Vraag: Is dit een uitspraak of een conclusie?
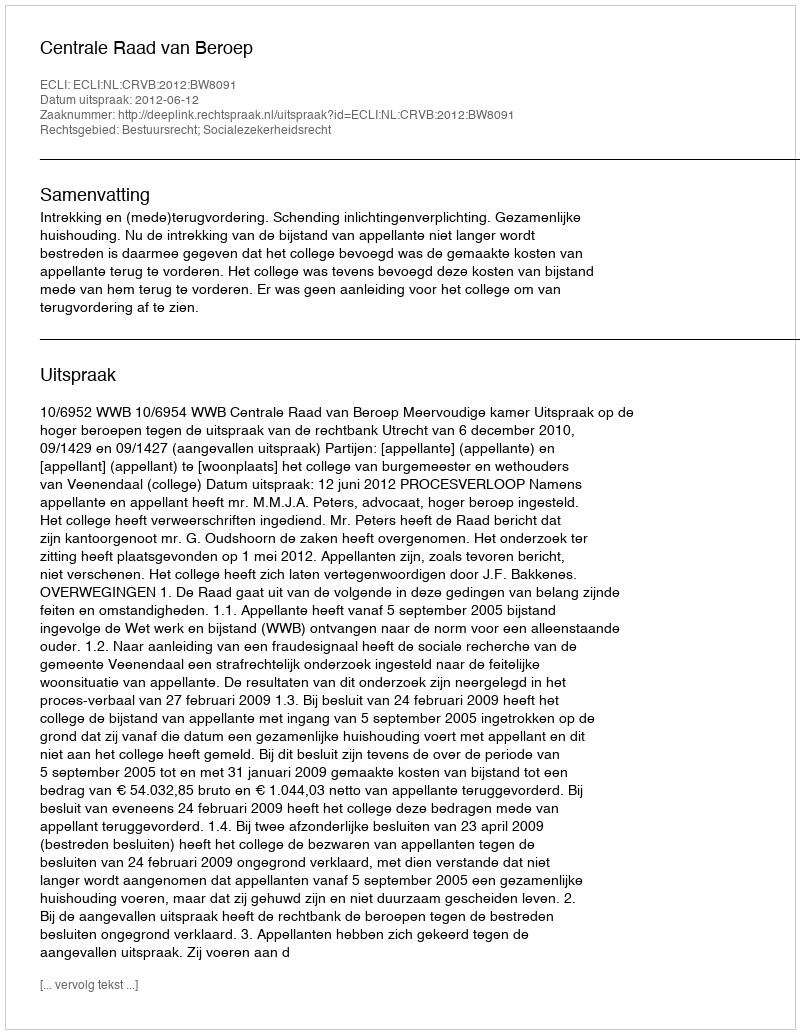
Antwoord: Uitspraak